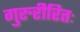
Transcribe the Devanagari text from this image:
गुरुरीरितः